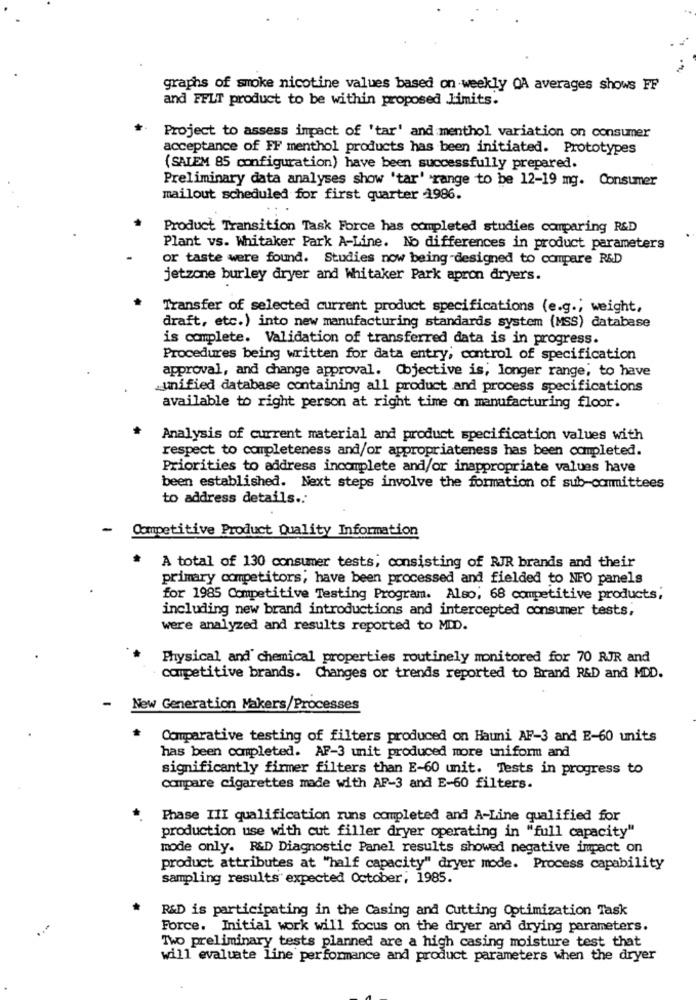
graphs of smoke nicotine values based on weekly OA averages shows FF
and FFLT product to be within proposed limits.
Project to assess impact of 'tar' and menthol variation on consumer
acceptance of FF menthol products has been initiated. Prototypes
(SAIEM 85 configuration) have been successfully prepared.
Preliminary data analyses show 'tar' range to be 12-19 mg. Consumer
mailout scheduled for first quarter 1986.
Product Transition Task Force has completed studies comparing R&D
Plant vs. Whitaker Park A-Line. No differences in product parameters
or taste were found. Studies now being designed to compare R&D
jetzone burley dryer and Whitaker Park apron dryers.
Transfer of selected current product specifications (e.g .; weight,
draft, etc.) into new manufacturing standards system (MSS) database
is complete. Validation of transferred data is in progress.
Procedures being written for data entry; control of specification
approval, and change approval. Objective is; longer range; to have
_unified database containing all product and process specifications
available to right person at right time on manufacturing floor.
Analysis of current material and product specification values with
respect to completeness and/or appropriateness has been completed.
Priorities to address incomplete and/or inappropriate values have
been established. Next steps involve the formation of sub-committees
to address details .. '
-
Competitive Product Quality Information
A total of 130 consumer tests, consisting of RJR brands and their
primary competitors; have been processed and fielded to NFO panels
for 1985 Competitive Testing Program. Also, 68 competitive products;
including new brand introductions and intercepted consumer tests,
were analyzed and results reported to MID.
Physical and' chemical properties routinely monitored for 70 RJR and
competitive brands. Changes or trends reported to Brand R&D and MDD.
-
New Generation Makers/Processes
Comparative testing of filters produced on Hauni AF-3 and E-60 units
has been completed. AF-3 unit produced more uniform and
significantly firmer filters than E-60 unit. Tests in progress to
compare cigarettes made with AP-3 and E-60 filters.
Phase III qualification runs completed and A-Line qualified for
production use with cut filler dryer operating in "full capacity"
mode only. R&D Diagnostic Panel results showed negative impact on
product attributes at "half capacity" dryer mode. Process capability
sampling results expected October; 1985.
R&D is participating in the Casing and Cutting Optimization Task
Force. Initial work will focus on the dryer and drying parameters.
Two preliminary tests planned are a high casing moisture test that
will evaluate line performance and product parameters when the dryer